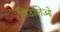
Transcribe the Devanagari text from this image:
गिउलिओ